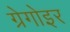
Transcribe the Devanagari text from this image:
ग्रेगोइर